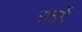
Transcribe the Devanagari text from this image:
सतवें